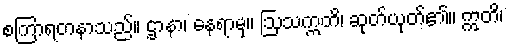
စကြာရတနာသည်။ ဌာနာ၊ နေရာမှ။ ဩသက္ကတိ၊ ဆုတ်ယုတ်၏။ ဣတိ၊